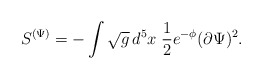
\begin{align*}S^{(\Psi)} = -\int \sqrt{g} \, d^5 x \;\frac{1}{2} e^{-\phi} (\partial \Psi)^{2} .\end{align*}